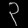
Digit: ၃